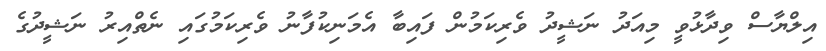
އިލްޔާސް ވިދާޅުވީ މިއަދު ނަޝީދު ވެރިކަމުން ފައިބާ އެމަނިކުފާނު ވެރިކަމުގައި ނެތްއިރު ނަޝީދުގެ